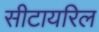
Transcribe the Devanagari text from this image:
सीटायरिल